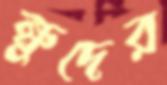
ক্ষুদের